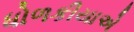
ધોળકીયાએ